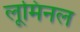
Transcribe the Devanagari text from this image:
लूमिनल